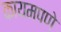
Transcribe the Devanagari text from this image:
कायमपणे